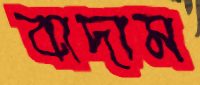
বাদাম